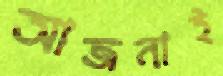
আজনাই